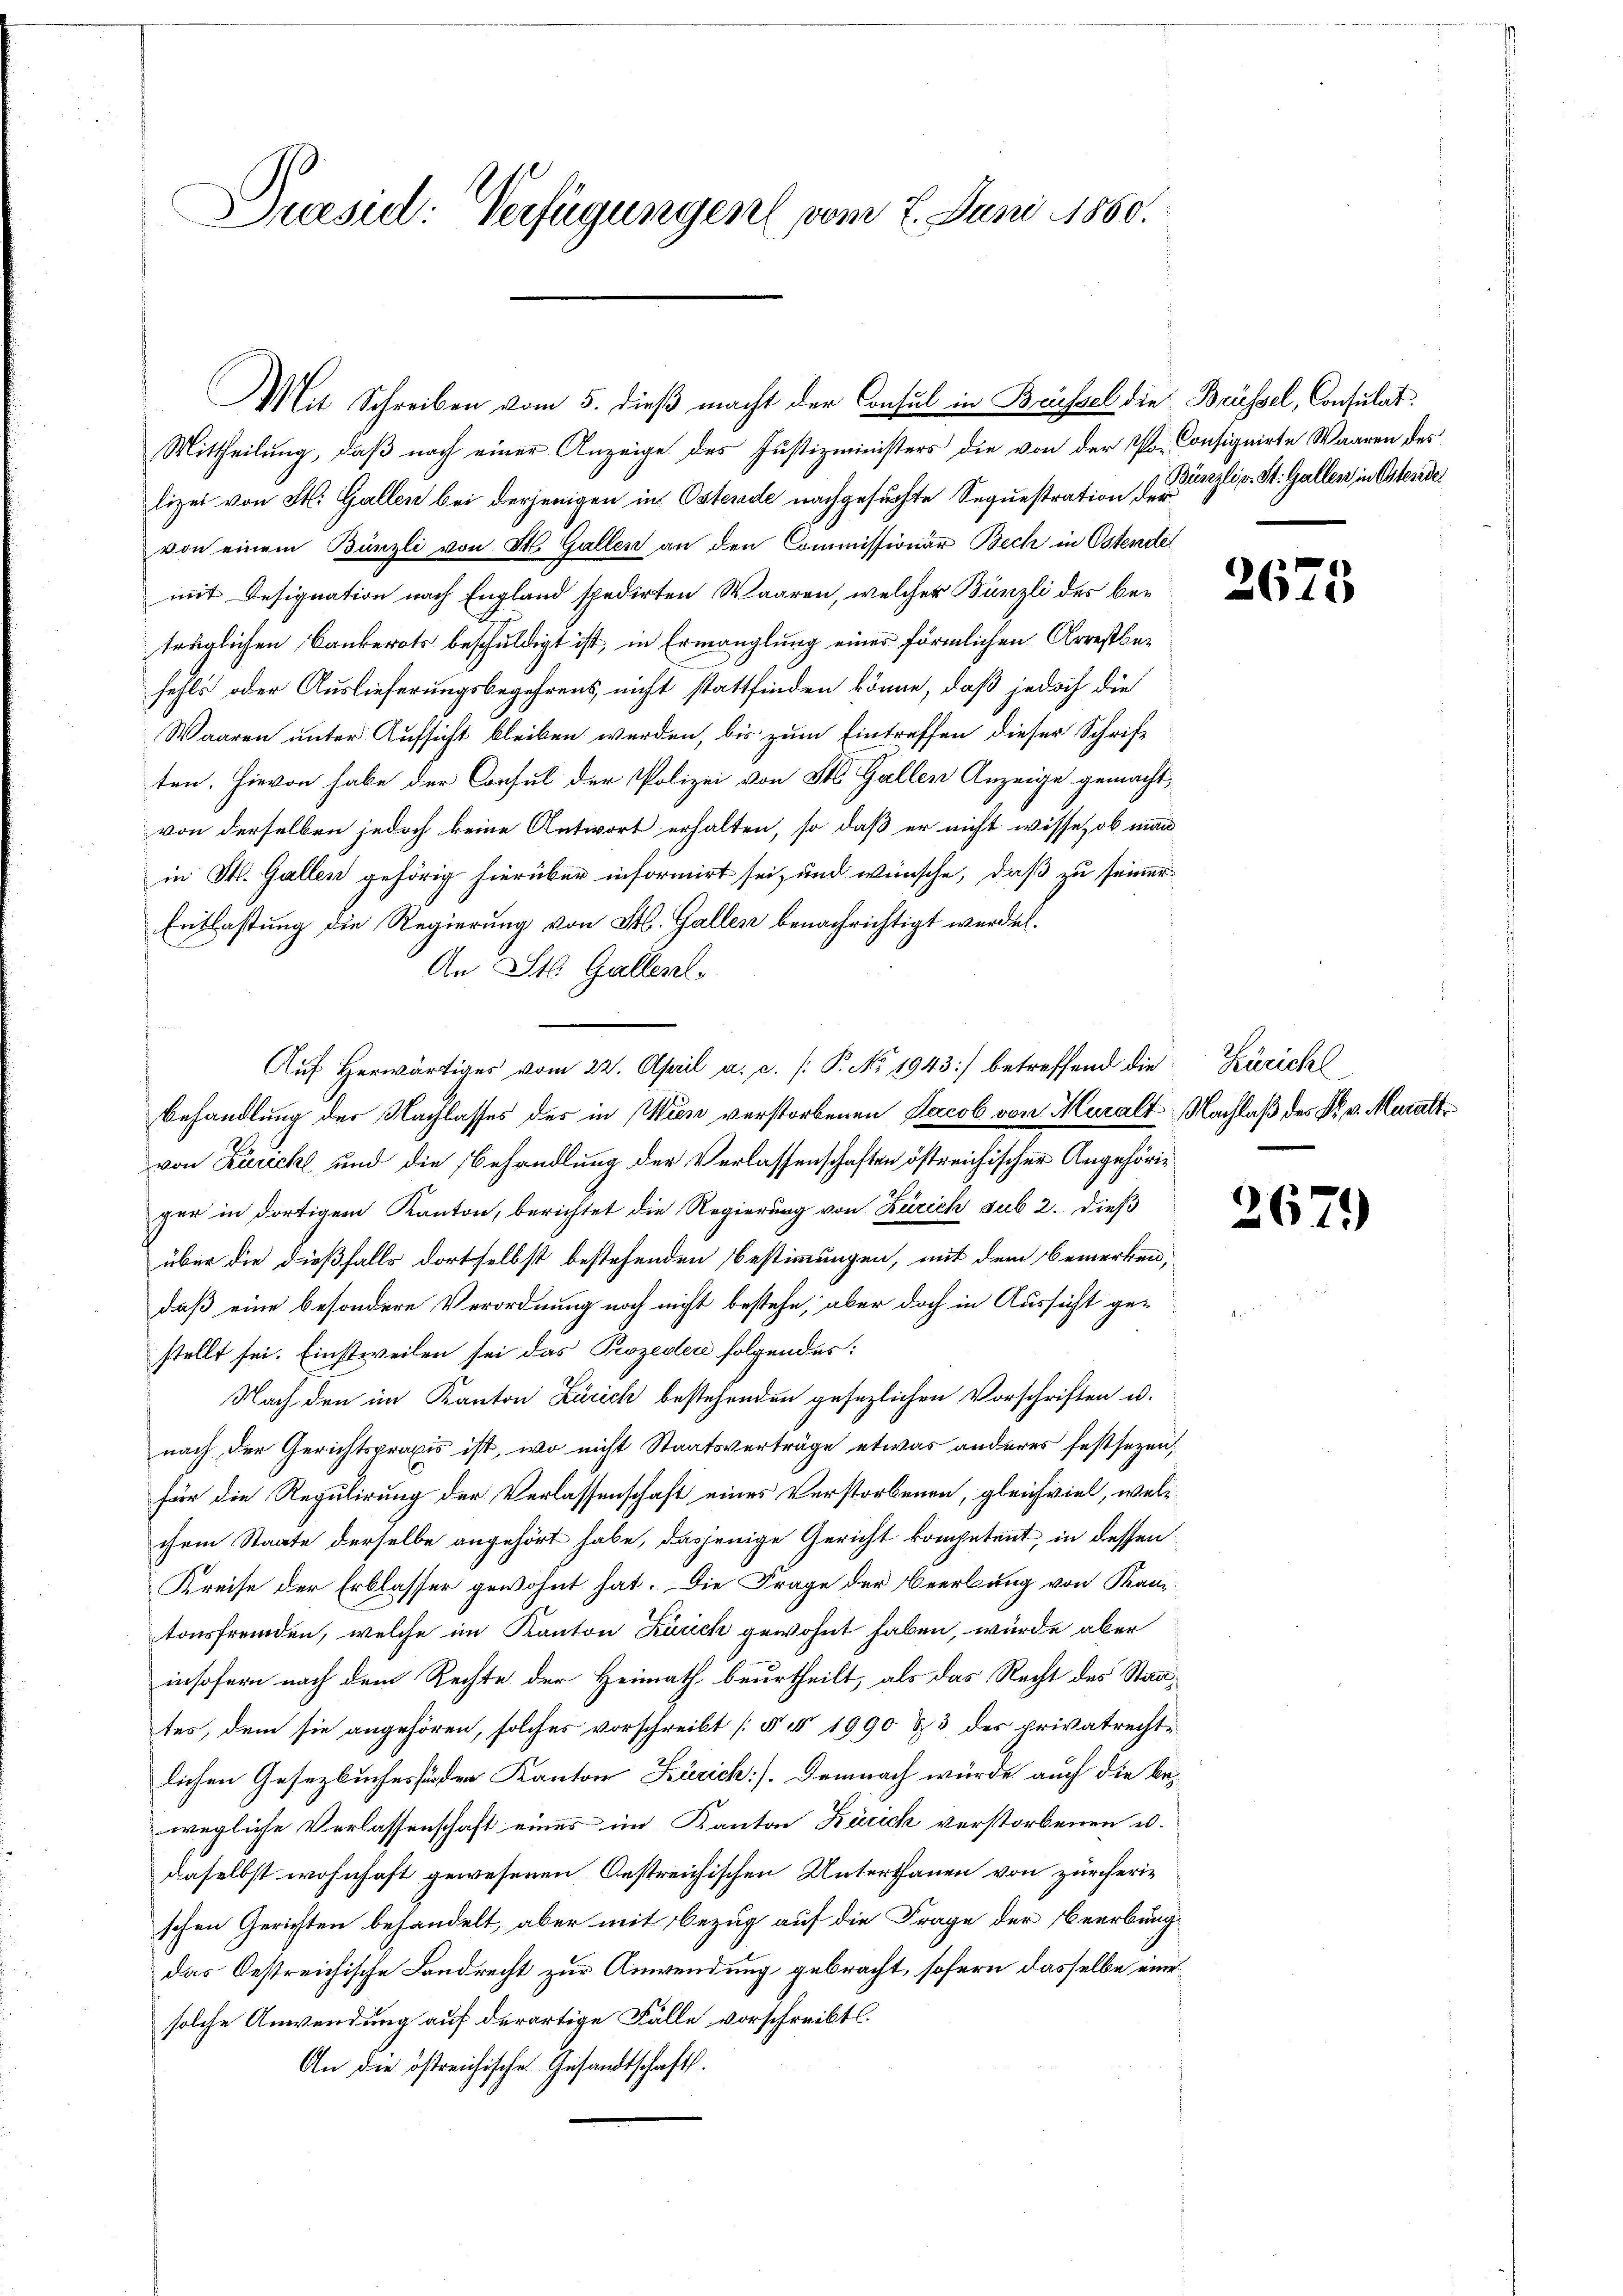
Puesid: Verfügungen vom 7. Juni 1860.

lizei von St. Gallen bei derjenigen in Ostende nachgesuchte Sequestration d. 3. liv. St. Gallen in Ostendei
von einem Bänzli von St. Gallen an den Commissionär Bech in Ostende
mit Designation nach England spedirten Waaren, welcher Bünzli des betrüglichen Bankerots beschuldigt ist, in Ermanglung einer förmlichen Arrestbefehls oder Auslieferungsbegehrens nicht stattfinden könne, daß jedoch die
Waaren unter Aufsicht bleiben werden, bis zum Eintreffen dieser Schrift
ten. Hievon habe der Consul der Polizei von St. Gallen Anzeige gemacht,
von derselben jedoch keine Antwort erhalten, so daß er nicht wisse, ob man
in St. Gallen gehörig hierüber informirt sei, und wünsche, daß zu seiner
Entlastung die Regierung von M. Gallen benachrichtigt werden.
An St. Gallenl
Aŭf herwärtiges vom 22. April a. c. /: P. No. 1943 betreffend die Züricht
Behandlung der Nachlasses des in Wien verstorbenen Jacob von Muralt, Nachlaß des Dr. v. Muralt
von Kuricht und die Behandlung der Verlassenschaften östreichischer Angehöriger in dortigem Kanton, berichtet die Regierung von Zürich sub 2. dieß
über die dießfalls dortselbst bestehenden Bestimmungen, mit dem bemerken,
daß eine besondere Verordnung noch nicht bestehe, aber doch in Aussicht gestellt sei. Einstweilen sei das Prozeder folgendes:
Nach den im Kanton Zürich bestehenden gesezlichen Vorschriften u.
nach der Gerichtspraxis ist, wo nicht Staatsverträge etwas anderes festsezen,
für die Regulirung der Verlassenschaft eines Verstorbenen, gleichviel, welchem Staate derselbe angehört habe, dasjenige Gericht kompetent, in dessen
Kreise der Erblasser gewohnt hat. Die Frage der Beerbung von Kan-
tonsfremden, welche im Kanton Zusch gewohnt haben, wurde aber
insofern nach dem Rechte der Heimath beurtheilt, als das Recht des Staates, dem sie angehören, solches vorschreibt [§ § 1990 & 3 des privatrechtlichen Gesetzbuches der Kanton Zürich]. Demnach würde auch die bewegliche Verlassenschaft eines im Kanton Zürich verstorbenen u.
daselbst wohnhaft gewesenen Oestreichischen Unterthanen von zürcherischen Gerichten behandelt, aber mit Bezug auf die Frage der Beerbung
das Oestreichische Landrecht zur Anwendung gebracht, sofern dasselbe eine
solche Anwendung auf derartige Fälle vorschreibt.
An die östreichische Gesandtschaft:

Mit Schreiben vom 5. dieß macht der Consul in Brüssel die Bessel, Consulat
Mittheilung, daß noch einer Anzeige des Justizministers die von der Po- Consignirte Waaren des

2673

267.